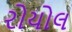
રોયોલ